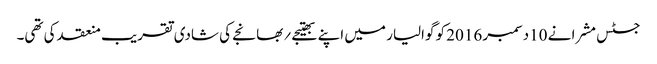
جسٹس مشرا نے 10دسمبر 2016 کو گوالیار میں اپنے بھتیجے؍بھانجے کی شادی تقریب منعقد کی تھی۔